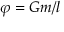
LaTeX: \varphi = G m / l